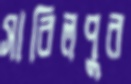
সাবিলপুর